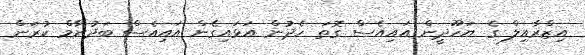
އިޒްރާއިލް ގެ ޔަހޫދީން އައިއެސް ގޮތަ ހެދުން އަޅައިގެން އައިއެސް ބަދުނާމް ކުރަން